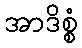
အာဒိစ္စံ